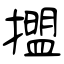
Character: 擝